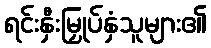
ရင်းနှီးမြှုပ်နှံသူများ၏